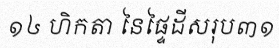
១៤ ហិកតា នៃផ្ទៃដីសរុប៣១